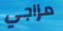
مزاجي